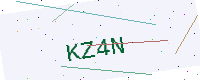
Text: KZ4N